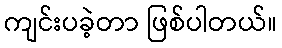
ကျင်းပခဲ့တာ ဖြစ်ပါတယ်။